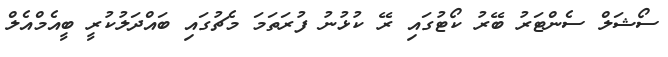
ސޯޝަލް ސެންޓަރު ބޭރު ކޯޓުގައި ރޭ ކުޅުނު ފުރަތަމަ މެޗުގައި ބައްދަލުކުރީ ބީއެމްއެލް